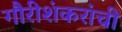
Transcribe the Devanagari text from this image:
गौरीशंकरांची